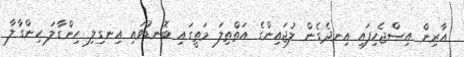
އާރިން އިސްޖެހިފައި އިނދެގެން ލުޖައިންގެ އަތްތިލަ މަތީގައި ބޮނޑުވައި އިނގިލި ހިންގާލަ ހިންގާލާ